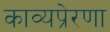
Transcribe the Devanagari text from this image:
काव्यप्रेरणा